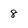
Character: 8